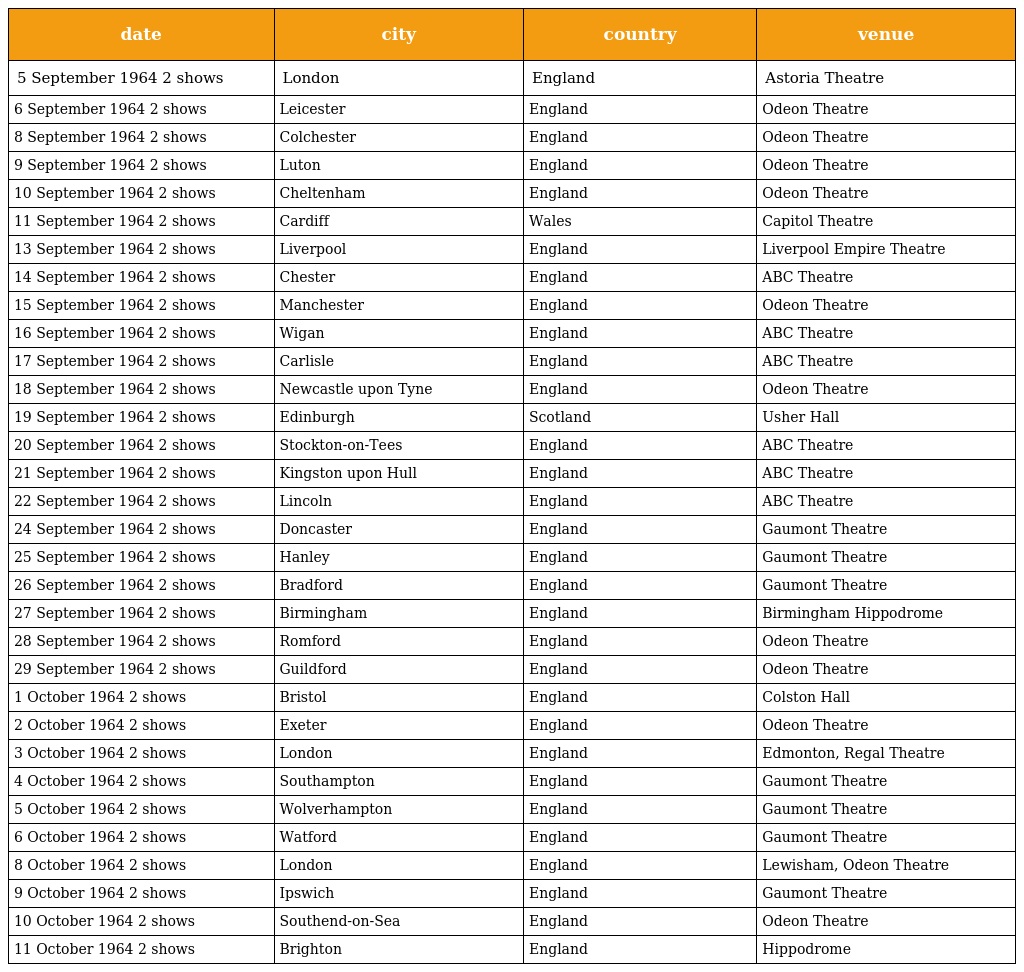
| date | city | country | venue |
 | --- | --- | --- | --- |
 | 5 September 1964 2 shows | London | England | Astoria Theatre |
 | 6 September 1964 2 shows | Leicester | England | Odeon Theatre |
 | 8 September 1964 2 shows | Colchester | England | Odeon Theatre |
 | 9 September 1964 2 shows | Luton | England | Odeon Theatre |
 | 10 September 1964 2 shows | Cheltenham | England | Odeon Theatre |
 | 11 September 1964 2 shows | Cardiff | Wales | Capitol Theatre |
 | 13 September 1964 2 shows | Liverpool | England | Liverpool Empire Theatre |
 | 14 September 1964 2 shows | Chester | England | ABC Theatre |
 | 15 September 1964 2 shows | Manchester | England | Odeon Theatre |
 | 16 September 1964 2 shows | Wigan | England | ABC Theatre |
 | 17 September 1964 2 shows | Carlisle | England | ABC Theatre |
 | 18 September 1964 2 shows | Newcastle upon Tyne | England | Odeon Theatre |
 | 19 September 1964 2 shows | Edinburgh | Scotland | Usher Hall |
 | 20 September 1964 2 shows | Stockton-on-Tees | England | ABC Theatre |
 | 21 September 1964 2 shows | Kingston upon Hull | England | ABC Theatre |
 | 22 September 1964 2 shows | Lincoln | England | ABC Theatre |
 | 24 September 1964 2 shows | Doncaster | England | Gaumont Theatre |
 | 25 September 1964 2 shows | Hanley | England | Gaumont Theatre |
 | 26 September 1964 2 shows | Bradford | England | Gaumont Theatre |
 | 27 September 1964 2 shows | Birmingham | England | Birmingham Hippodrome |
 | 28 September 1964 2 shows | Romford | England | Odeon Theatre |
 | 29 September 1964 2 shows | Guildford | England | Odeon Theatre |
 | 1 October 1964 2 shows | Bristol | England | Colston Hall |
 | 2 October 1964 2 shows | Exeter | England | Odeon Theatre |
 | 3 October 1964 2 shows | London | England | Edmonton, Regal Theatre |
 | 4 October 1964 2 shows | Southampton | England | Gaumont Theatre |
 | 5 October 1964 2 shows | Wolverhampton | England | Gaumont Theatre |
 | 6 October 1964 2 shows | Watford | England | Gaumont Theatre |
 | 8 October 1964 2 shows | London | England | Lewisham, Odeon Theatre |
 | 9 October 1964 2 shows | Ipswich | England | Gaumont Theatre |
 | 10 October 1964 2 shows | Southend-on-Sea | England | Odeon Theatre |
 | 11 October 1964 2 shows | Brighton | England | Hippodrome |